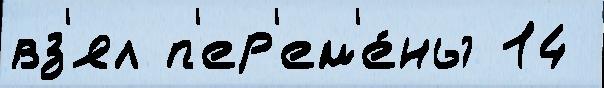
вз'ял п'ер'ем'е́ны 14